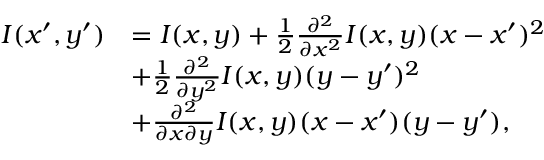
\begin{array} { r l } { I ( x ^ { \prime } , y ^ { \prime } ) } & { = I ( x , y ) + \frac { 1 } { 2 } \frac { \partial ^ { 2 } } { \partial x ^ { 2 } } I ( x , y ) ( x - x ^ { \prime } ) ^ { 2 } } \\ & { + \frac { 1 } { 2 } \frac { \partial ^ { 2 } } { \partial y ^ { 2 } } I ( x , y ) ( y - y ^ { \prime } ) ^ { 2 } } \\ & { + \frac { \partial ^ { 2 } } { \partial x \partial y } I ( x , y ) ( x - x ^ { \prime } ) ( y - y ^ { \prime } ) , } \end{array}